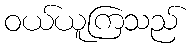
ဝယ်ယူကြသည်